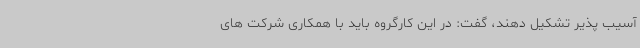
آسیب پذیر تشکیل دهند، گفت: در این کارگروه باید با همکاری شرکت های